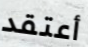
أعتقد